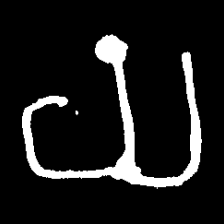
Pyu character \u2014 Myanmar letter: ယ (romanized: ya)